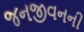
જનજીવનની